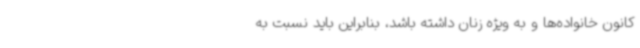
کانون خانواده‌ها و به ویژه زنان داشته باشد، بنابراین باید نسبت به